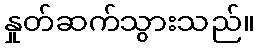
နှုတ်ဆက်သွားသည်။